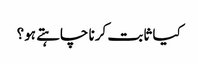
کیا ثابت کرنا چاہتے ہو؟